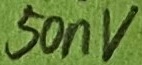
Text: 50nV